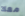
معك